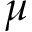
\mu